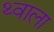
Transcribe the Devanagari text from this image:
थ्वाला